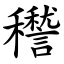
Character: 䆌